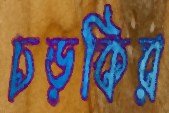
চড়কির